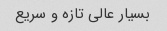
بسیار عالی تازه و سریع